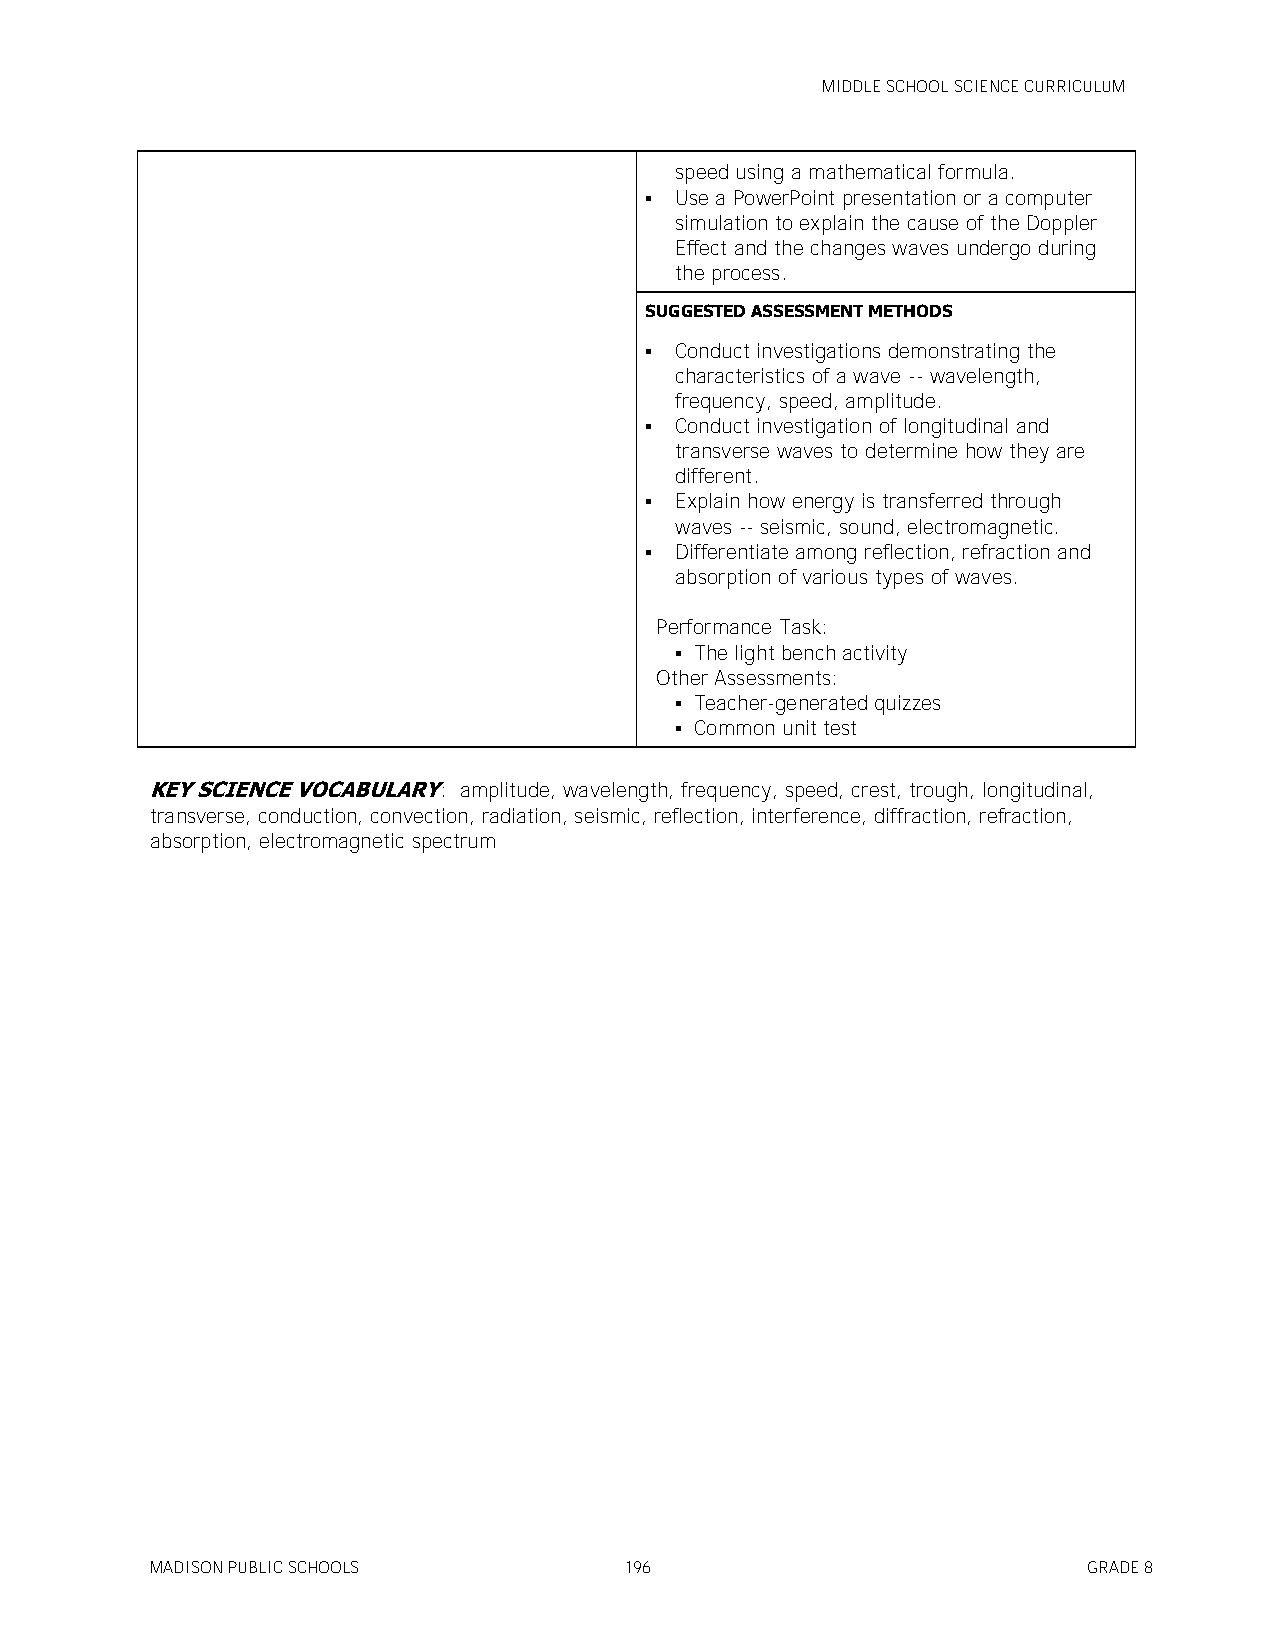
MIDDLE SCHOOL SCIENCE CURRICULUM
 speed using a mathematical formula.
  Use a PowerPoint presentation or a computer
 simulation to explain the cause of the Doppler
 Effect and the changes waves undergo during
 the process.
 SUGGESTED ASSESSMENT METHODS
  Conduct investigations demonstrating the
 characteristics of a wave -- wavelength,
 frequency, speed, amplitude.
  Conduct investigation of longitudinal and
 transverse waves to determine how they are
 different.
  Explain how energy is transferred through
 waves -- seismic, sound, electromagnetic.
  Differentiate among reflection, refraction and
 absorption of various types of waves.
 Performance Task:
  The light bench activity
 Other Assessments:
  Teacher-generated quizzes
  Common unit test
 KEY SCIENCE VOCABULARY: amplitude, wavelength, frequency, speed, crest, trough, longitudinal,
 transverse, conduction, convection, radiation, seismic, reflection, interference, diffraction, refraction,
 absorption, electromagnetic spectrum
 MADISON PUBLIC SCHOOLS         196                            GRADE 8